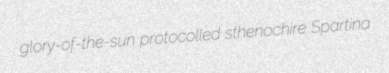
glory-of-the-sun protocolled sthenochire Spartina